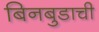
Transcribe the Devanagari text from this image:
बिनबुडाची